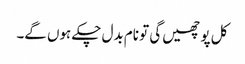
کل پوچھیں گی تو نام بدل چکے ہوں گے۔